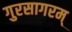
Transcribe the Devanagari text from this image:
गुरसागरम्